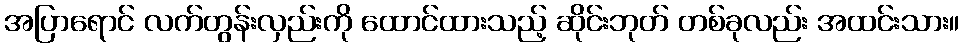
အပြာရောင် လက်တွန်းလှည်းကို ထောင်ထားသည့် ဆိုင်းဘုတ် တစ်ခုလည်း အထင်းသား။